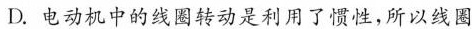
D.电动机中的线圈转动是利用了惯性，所以线圈